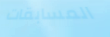
المسابقات